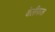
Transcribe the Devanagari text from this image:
वेलीफळ